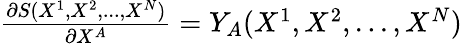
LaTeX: \begin{array}{r}{\frac{\partial S(X^{1},X^{2},...,X^{N})}{\partial X^{A}}=Y_{A}(X^{1},X^{2},...,X^{N})}\end{array}